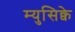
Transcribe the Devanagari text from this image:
म्युसिक्वे